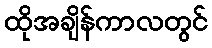
ထိုအချိန်ကာလတွင်